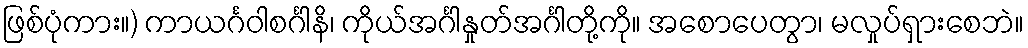
ဖြစ်ပုံကား။) ကာယင်္ဂဝါစင်္ဂါနိ၊ ကိုယ်အင်္ဂါနှုတ်အင်္ဂါတို့ကို။ အစောပေတွာ၊ မလှုပ်ရှားစေဘဲ။